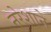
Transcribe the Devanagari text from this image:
नरेशाने